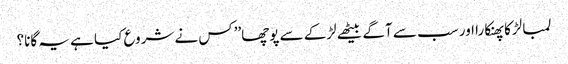
لمبا لڑکا پھنکارا اور سب سے آگے بیٹھے لڑکے سے پوچھا’’کس نے شروع کیا ہے یہ گانا؟